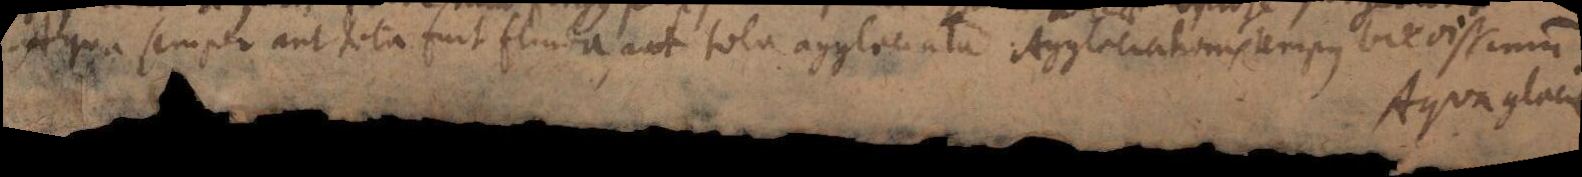
Aqua semper aut tota fuit fluida, aut tota agglaciata. Agglaciationis tempus brevissimum.